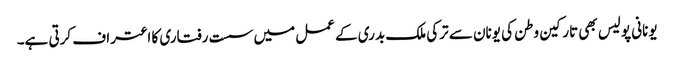
یونانی پولیس بھی تارکین وطن کی یونان سے ترکی ملک بدری کے عمل میں سست رفتاری کا اعتراف کرتی ہے۔